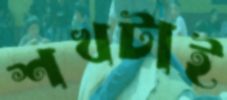
শখটাই